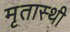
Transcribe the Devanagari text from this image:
मृतास्थी